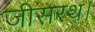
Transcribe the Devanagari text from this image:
जीसरथ।